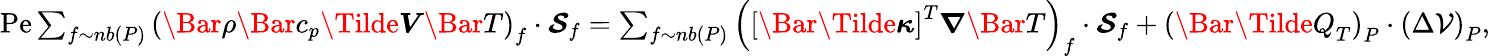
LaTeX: \begin{array}{r}{\mathrm{Pe}\sum_{f\sim nb(P)}\left(\Bar{\rho}\Bar{c}_{p}\boldsymbol{\Tilde{V}}\Bar{T}\right)_{f}\cdot\boldsymbol{\mathcal{S}}_{f}=\sum_{f\sim nb(P)}\left(\left[\boldsymbol{\Bar{\Tilde{\kappa}}}\right]^{T}\boldsymbol{\nabla}\Bar{T}\right)_{f}\cdot\boldsymbol{\mathcal{S}}_{f}+\left(\Bar{\Tilde{Q}}_{T}\right)_{P}\cdot\left(\Delta\mathcal{V}\right)_{P},}\end{array}